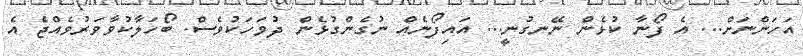
އަހަންނަށް... އެ ފޯނާ ކުޅެން ނޭނގުނީ... އައިފޯނެއް ނުގެންގުޅެން ދުވަހަކުވެސް. ބޯހަލާކުވާވަރުވެއްޖެ އެ